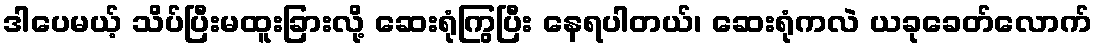
ဒါပေမယ့် သိပ်ပြီးမထူးခြားလို့ ဆေးရုံကြွပြီး နေရပါတယ်၊ ဆေးရုံကလဲ ယခုခေတ်လောက်